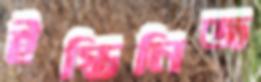
ইস্তিনিজ